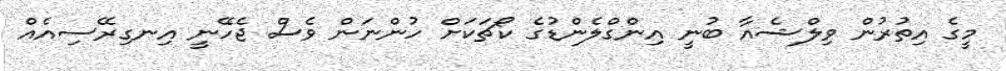
މީގެ އިތުރުން ވިލްޝެއާ ބުނީ އިންގްލެންޑުގެ ކޯޗަކަށް ހުންނަން ވެސް ޖެހޭނީ އިނގިރޭސިއެއް